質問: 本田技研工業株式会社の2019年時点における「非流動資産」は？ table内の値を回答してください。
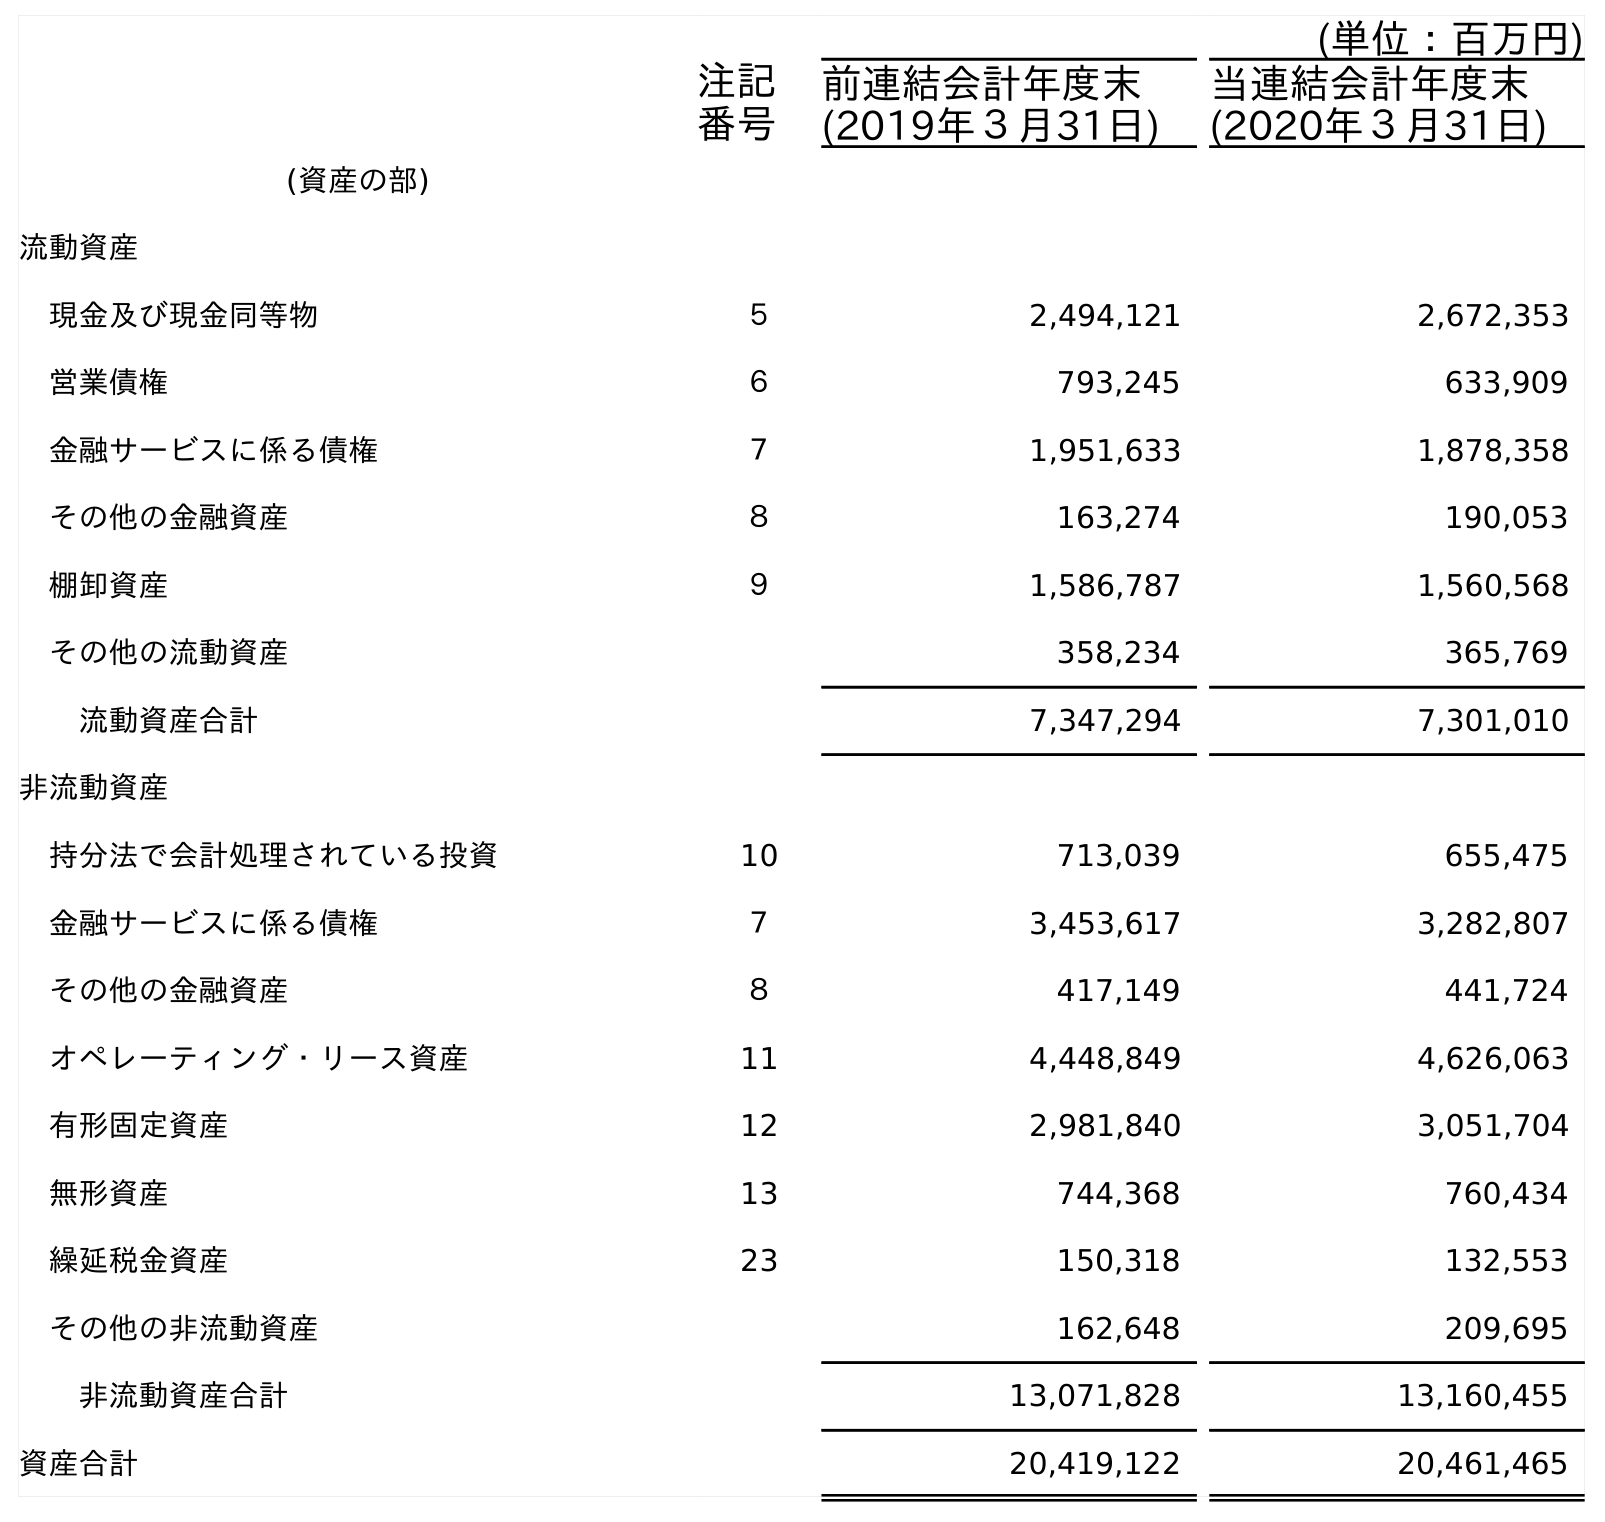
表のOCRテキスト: (単位：百万円) 注記 番号 前連結会計年度末 (2019年３月31日) 当連結会計年度末 (2020年３月31日) (資産の部) 流動資産 現金及び現金同等物 ５ 2,494,121 2,672,353 営業債権 ６ 793,245 633,909 金融サービスに係る債権 ７ 1,951,633 1,878,358 その他の金融資産 ８ 163,274 190,053 棚卸資産 ９ 1,586,787 1,560,568 その他の流動資産 358,234 365,769 流動資産合計 7,347,294 7,301,010 非流動資産 持分法で会計処理されている投資 10 713,039 655,475 金融サービスに係る債権 ７ 3,453,617 3,282,807 その他の金融資産 ８ 417,149 441,724 オペレーティング・リース資産 11 4,448,849 4,626,063 有形固定資産 12 2,981,840 3,051,704 無形資産 13 744,368 760,434 繰延税金資産 23 150,318 132,553 その他の非流動資産 162,648 209,695 非流動資産合計 13,071,828 13,160,455 資産合計 20,419,122 20,461,465
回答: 13,071,828